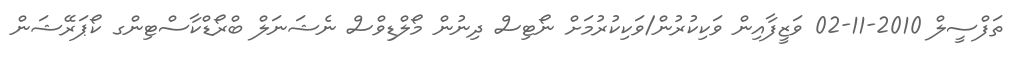
ތަފްސީލް 2010-11-02 ވަޒީފާއިން ވަކިކުރުން/ވަކިކުރުމަށް ނޯޓިސް ދިނުން މޯލްޑިވްސް ނެޝަނަލް ބްރޯޑްކާސްޓިންގ ކޯޕަރޭޝަން